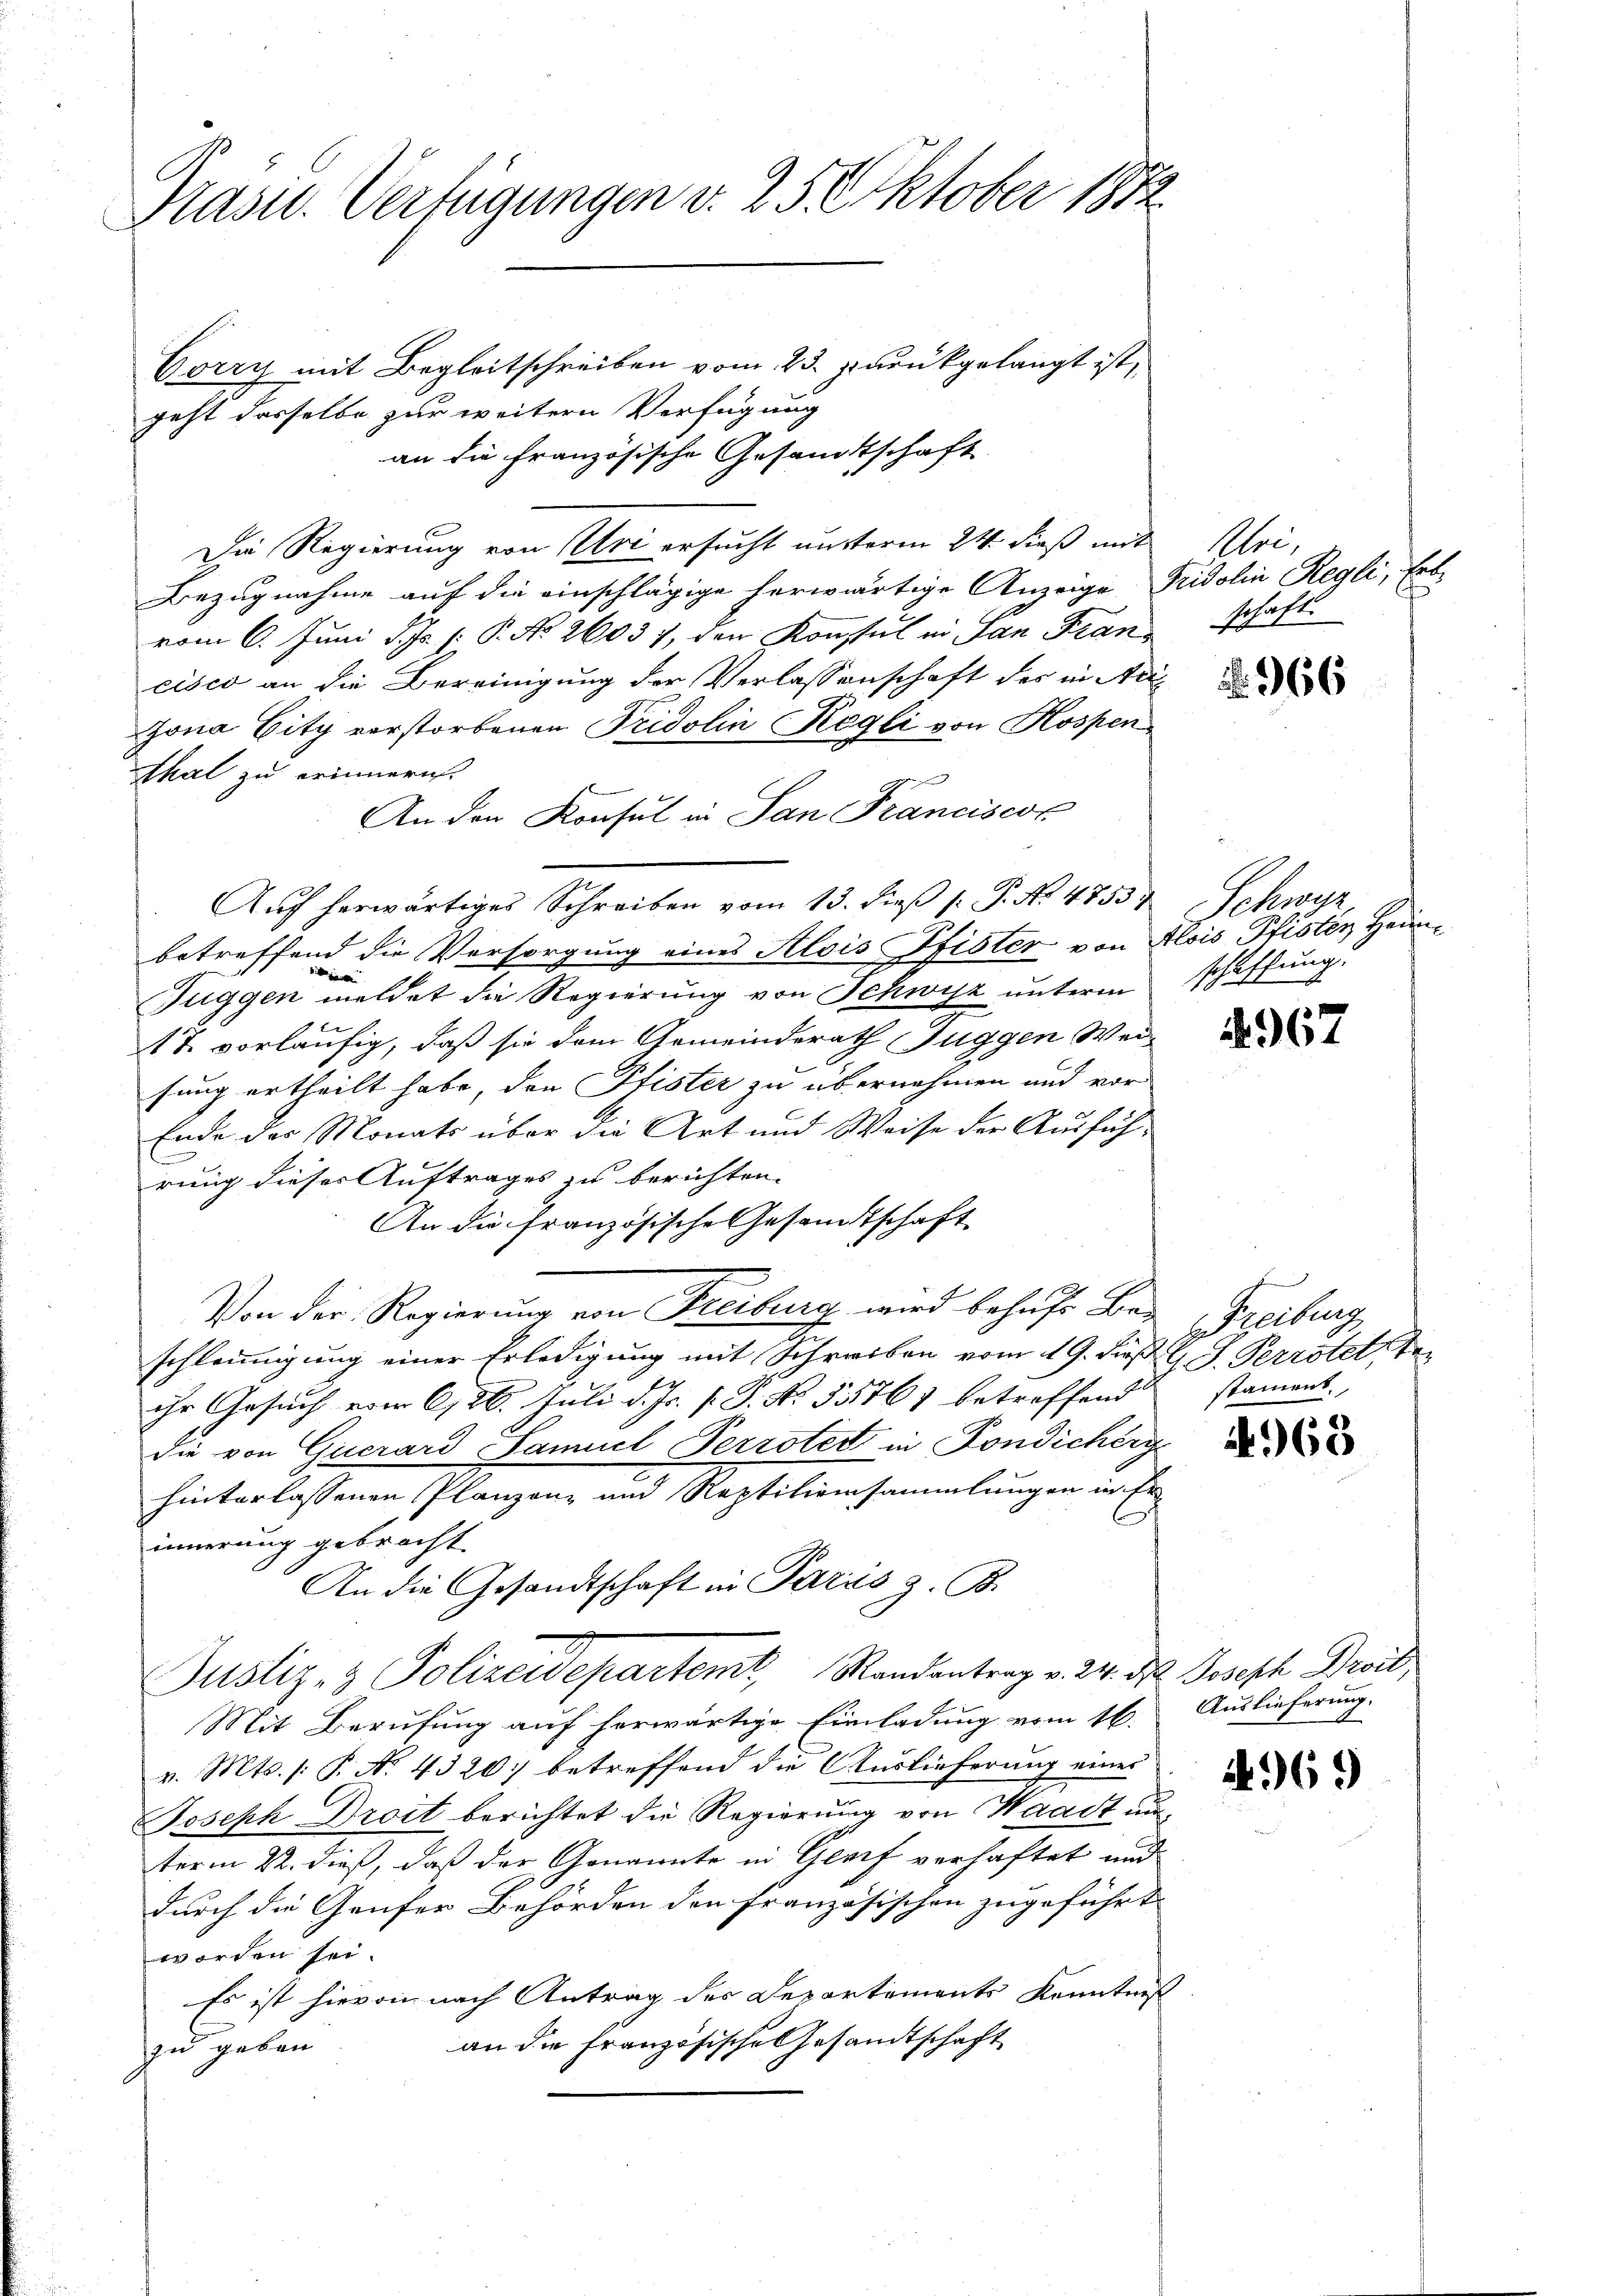
Präsid.. Verfügungen v. 25 Oktober 1872

Corry mit Begleitschreiben vom 23. zurükgelangt ist,
geht dasselbe zur weitern Verfügung
an die Französische Gesandtschaft
Die Regierung von Uri ersucht unsterm 24. dieß mit
Bezugnahme auf die einschlägige herwärtige Anzeige Fridolin Regli, Erb-
vom 6. Juni d. Js. (: P. No. 2603, den Konsul in San Francisco an die Bereinigung der Verlassenschaft der in Ar
zona Gitz verstorbenen Fridolin Regli von Hospen
Thal zu erinnern.
An den Konsul in San Franciscor
Auf herwärtiges Schreiben vom 13. dieβ (: P. Nr. 4853
betreffend die Versorgung eines Alois Pfister von Alois Pfisten Heim¬

Tuggen meldet die Regierung von Schwyz unterm
17. vorläufig, daß sie dem Gemeinderath Guggen Wei
sung ertheilt habe, den Pfister zu übernehmen und vor-
Ende des Monats über die Art und Weise der Ausführung dieses Auftrages zu berichten.
An die französische Gesandtschaft
Von der Regierung von Freiburg wird behufe Beschleinigung einer Erledigung mit Schreiben vom 19. dieß l. J. Perrotet,
ihr Gesuch vom 6/26. Juli d. Js. s. S. Nr. 55761 betreffend
die von Guerard Samuel Perroter in Fondicherg
hinterlassenen Planzenz und Reptiliensammlungen in Erinnerung gebracht
An die Gesandtschaft in Paris z. B.
Justiz- & Polizeidepartemt, Randantrag v. 24. d. Joseph Droit
Mit Berufung auf herwärtige Einladung vom 16.
v. Mts. /: P. No. 4320: betreffend die Auslieferung eines
Joseph Droit berichtet die Regierung von Waadt unterm 22. dieß, daß der Genannte in Gerif verhaftet und
durch die Gaufer Behörden den Französischen zugeführt
worden sei.
Es ist hievon nach Antrag der Departements Kenntniß
an die Französische Gesandtschaft
zu geben.

Uri,
schaft.

66

Schwyz
schaffung

4967

Freiburg
stament.

4963

Auslieferung.
A

296.